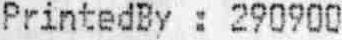
PRINTEDBY : 290900